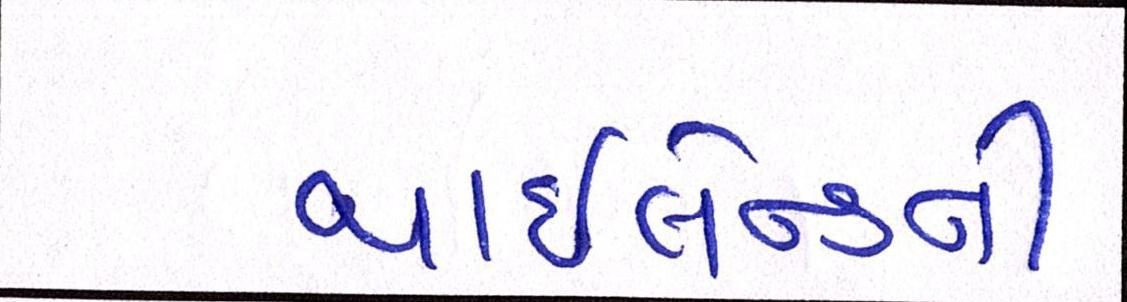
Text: થાઇલેન્ડની